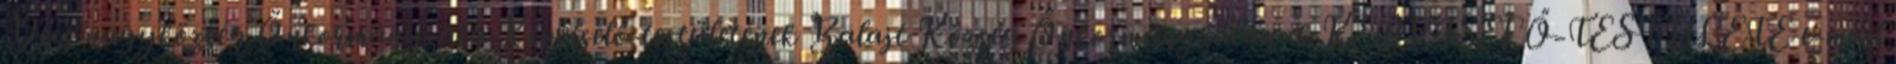
Decs nagyközség Önkormányzata Képviselő-testületének Balajt Község Önkormányzatának KÉPVISELŐ-TESTÜLETE e-mail